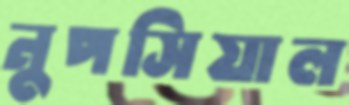
নুপসিয়াল